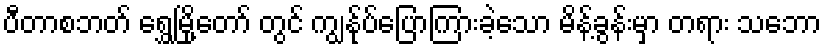
ပီတာစဘတ် ရွှေမြို့တော် တွင် ကျွန်ုပ်ပြောကြားခဲ့သော မိန့်ခွန်းမှာ တရား သဘော